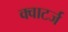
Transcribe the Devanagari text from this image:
क्वाटर्ज